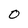
Character: 0